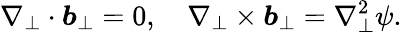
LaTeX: \nabla_{\perp}\cdot\boldsymbol{b}_{\perp}=0,\quad\nabla_{\perp}\times\boldsymbol{b}_{\perp}=\nabla_{\perp}^{2}\psi.